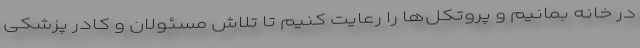
در خانه بمانیم و پروتکل‌ها را رعایت کنیم تا تلاش مسئولان و کادر پزشکی